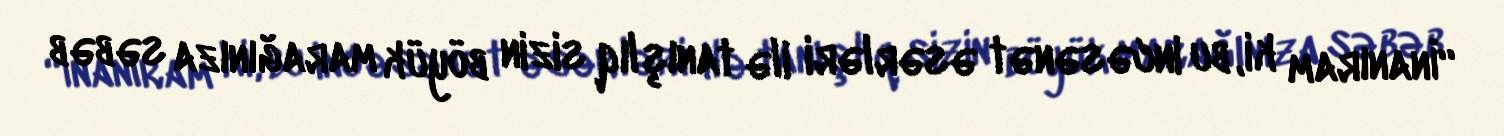
“İnanıram ki, bu incəsənət əsərləri ilə tanışlıq sizin böyük marağınıza səbəb